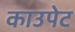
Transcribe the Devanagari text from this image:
काउपेट